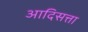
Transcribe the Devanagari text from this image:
आदिसत्ता